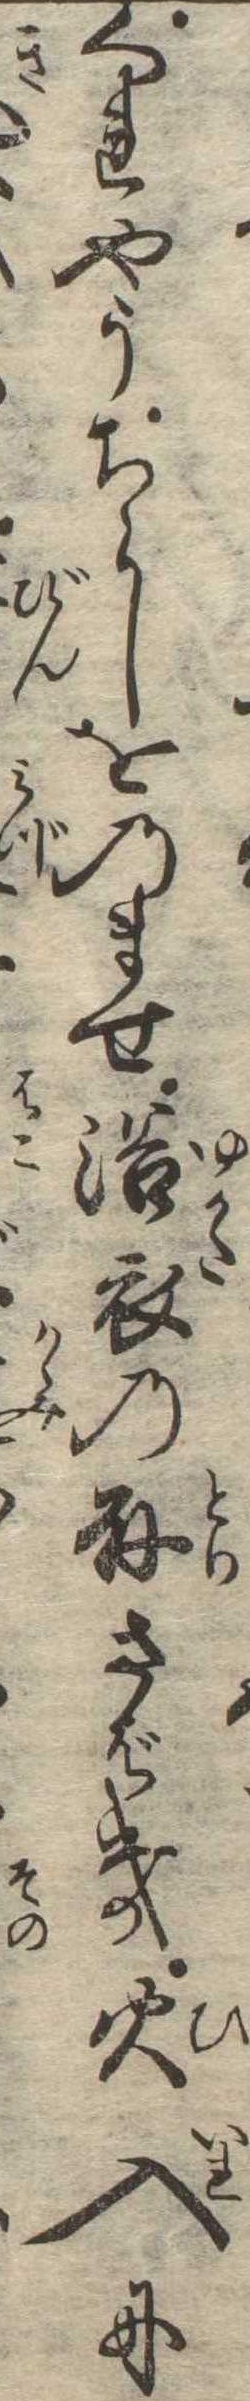
くれやうちらしをのませ浴衣の取さばき火入に